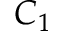
C _ { 1 }